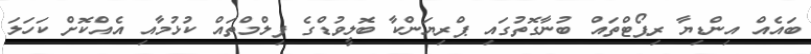
ބައެއް އިންޑިޔާ ރިޕޯޓްތައް ބުނާގޮތުގައި ޕްރިޔަންކާ ބޮލީވުޑްގެ ފިލްމްތައް ކުޅުމާއި އެއްކޮށް ކަހަލަ